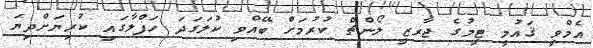
އެމްވީ ޤައުމީ ޓީމުގެ ޖާރޒީ ލޯންޗް ކުރުމަށް ބޭއްވި ކުލަގަދަ ހަފްލާގައި ކުރިޔަށްދިޔަ